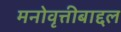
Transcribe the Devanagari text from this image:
मनोवृत्तीबाद्दल